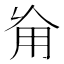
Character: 𠃰